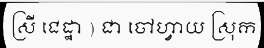
ស្រី ជេដ្ឋា ) ជា ចៅហ្វាយ ស្រុក